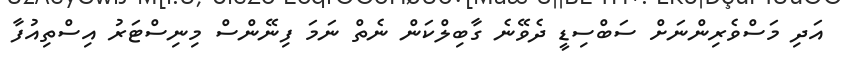
އަދި މަސްވެރިންނަށް ސަބްސިޑީ ދެވޭނެ ގާބިލްކަން ނެތް ނަމަ ފިނޭންސް މިނިސްޓަރު އިސްތިއުފާ